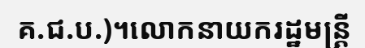
គ.ជ.ប.)។លោកនាយករដ្ឋមន្ត្រី